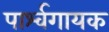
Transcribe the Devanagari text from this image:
पार्श्‍वगायक